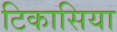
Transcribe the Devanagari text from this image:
टिकासिया